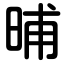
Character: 晡